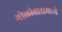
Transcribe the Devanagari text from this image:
गोळीबारामध्ये